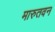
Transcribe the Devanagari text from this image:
मारुतवन